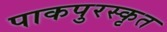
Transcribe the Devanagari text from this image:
पाकपुरस्कृत